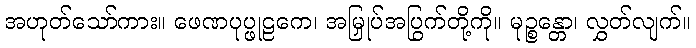
အဟုတ်သော်ကား။ ဖေဏပုပ္ဖုဠကေ၊ အမြှုပ်အပြွက်တို့ကို။ မုဉ္စန္တော၊ လွှတ်လျက်။